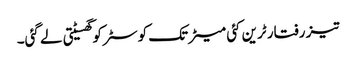
تیز رفتار ٹرین کئی میٹر تک کوسٹر کو گھسیٹتی لے گئی۔